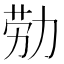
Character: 𫦰